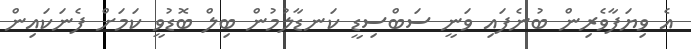
އެ ވިޔަފާވެރިން ބުނެފައި ވަނީ ސަބްސިޑީ ކަނޑާލުމުން ބިލް ބޮޑުވީ ކަމަށް ފެނަކައިން